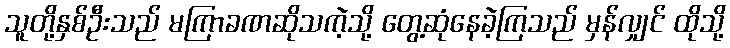
သူတို့နှစ်ဦးသည် မကြာခဏဆိုသကဲ့သို့ တွေ့ဆုံနေခဲ့ကြသည် မှန်လျှင် ထိုသို့